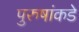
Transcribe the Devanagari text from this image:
पुरुषांकडे